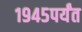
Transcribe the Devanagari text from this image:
१९४५पर्यंत